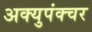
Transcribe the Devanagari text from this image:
अक्युपंक्चर